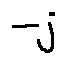
- j